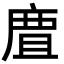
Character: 𢉺